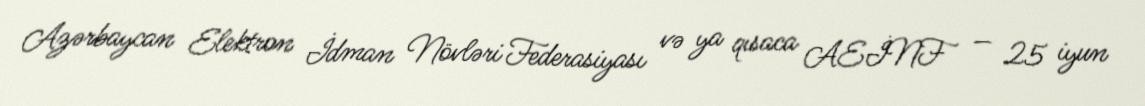
Azərbaycan Elektron İdman Növləri Federasiyası və ya qısaca AEİNF — 25 iyun